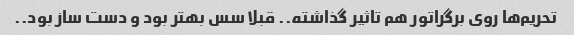
تحریم‌ها روی برگراتور هم تاثیر گذاشته.. قبلا سس بهتر بود و دست ساز بود..